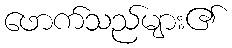
ဖောက်သည်များ၏